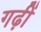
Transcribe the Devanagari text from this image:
गढ़ीं